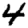
Digit: 4